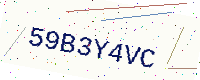
Text: 59B3Y4VC